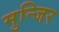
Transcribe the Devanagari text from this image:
मुन्जिर